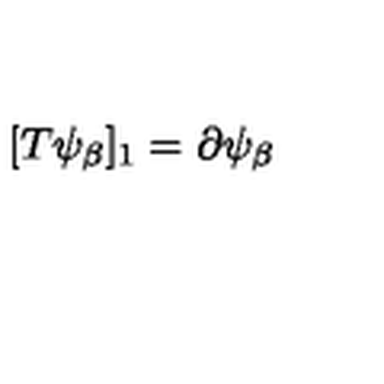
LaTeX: [ T \psi _ { \beta } ] _ { 1 } = \partial \psi _ { \beta }